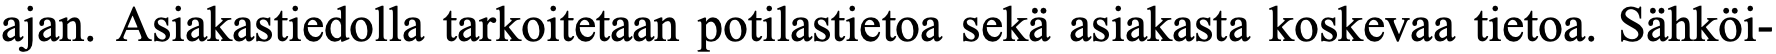
ajan. Asiakastiedolla tarkoitetaan potilastietoa sekä asiakasta koskevaa tietoa. Sähköi-